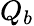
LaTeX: Q_{b}